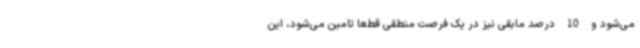
می‌شود و 10 درصد مابقی نیز در یک فرصت منطقی قطعا تامین می‌شود، این